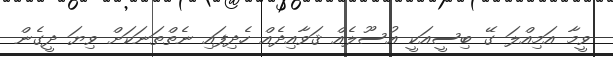
ވީމާ އަމިއްލަ ގޭ ބިސީއަކީ އުސޫލެއް ޤަވާއިދެއް ހެދިފައި ނެތްތަނަކަށް ވިޔަ ދީގެން